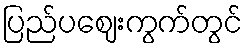
ပြည်ပဈေးကွက်တွင်